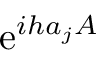
\ensuremath { \mathrm { e } } ^ { i h a _ { j } A }